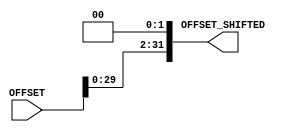
// Computer Architecture (CO224) - Lab 05
// Design: Module to shift
// Group Number : 27
// E Numbers : E/18/077, E/18/227
// Names : Dharmarathne N.S., Mudalige D.H.

module shifter(
    input [31:0] OFFSET,
	output reg [31:0] OFFSET_SHIFTED);
	
	always @(OFFSET) begin
		OFFSET_SHIFTED=OFFSET<<2;
	end	  
endmodule